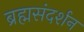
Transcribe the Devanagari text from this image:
ब्रह्मसंदर्शन